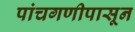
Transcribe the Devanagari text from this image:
पांचगणीपासून